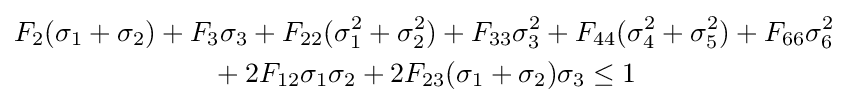
{\begin{aligned}F_{2}(\sigma _{1}+\sigma _{2})&+F_{3}\sigma _{3}+F_{22}(\sigma _{1}^{2}+\sigma _{2}^{2})+F_{33}\sigma _{3}^{2}+F_{44}(\sigma _{4}^{2}+\sigma _{5}^{2})+F_{66}\sigma _{6}^{2}\\&\qquad +2F_{12}\sigma _{1}\sigma _{2}+2F_{23}(\sigma _{1}+\sigma _{2})\sigma _{3}\leq 1\end{aligned}}